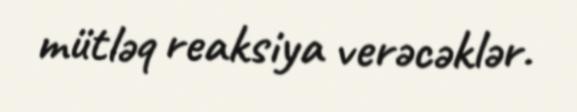
mütləq reaksiya verəcəklər.